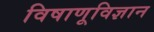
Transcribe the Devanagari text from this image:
विषाणूविज्ञान